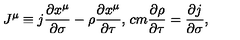
J ^ { \mu } \equiv j \frac { \partial x ^ { \mu } } { \partial \sigma } - \rho \frac { \partial x ^ { \mu } } { \partial \tau } , \hspace * { 1 c m } \frac { \partial \rho } { \partial \tau } = \frac { \partial j } { \partial \sigma } ,